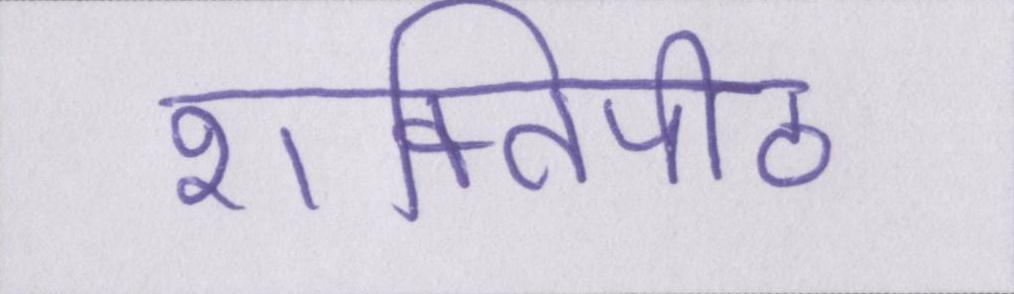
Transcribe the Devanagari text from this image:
शक्तिपीठ